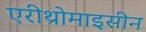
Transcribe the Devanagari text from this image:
एरीथ्रोमाइसीन